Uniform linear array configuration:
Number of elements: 16
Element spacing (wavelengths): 0.25
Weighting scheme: blackman
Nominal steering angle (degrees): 45
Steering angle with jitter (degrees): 46.385
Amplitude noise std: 0.05
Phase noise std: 0.05

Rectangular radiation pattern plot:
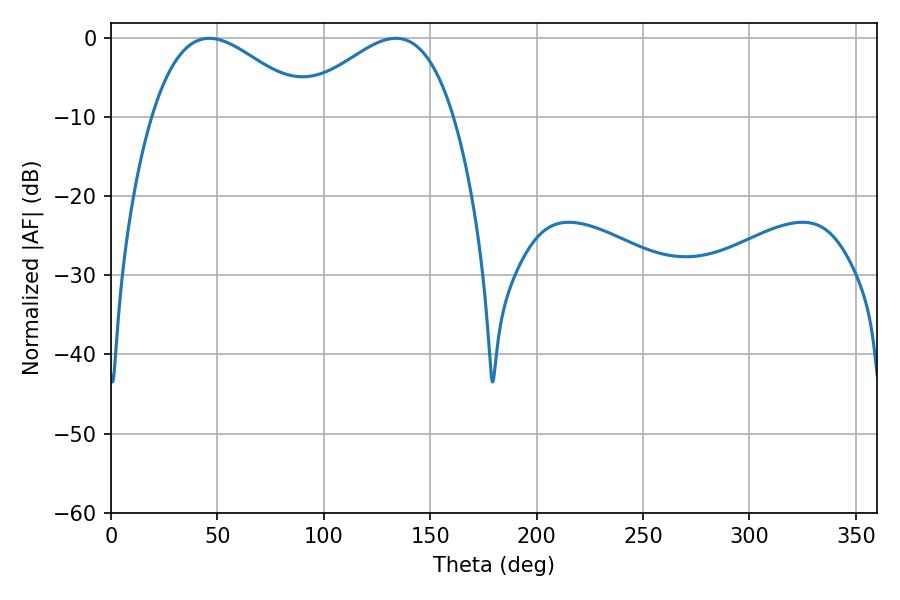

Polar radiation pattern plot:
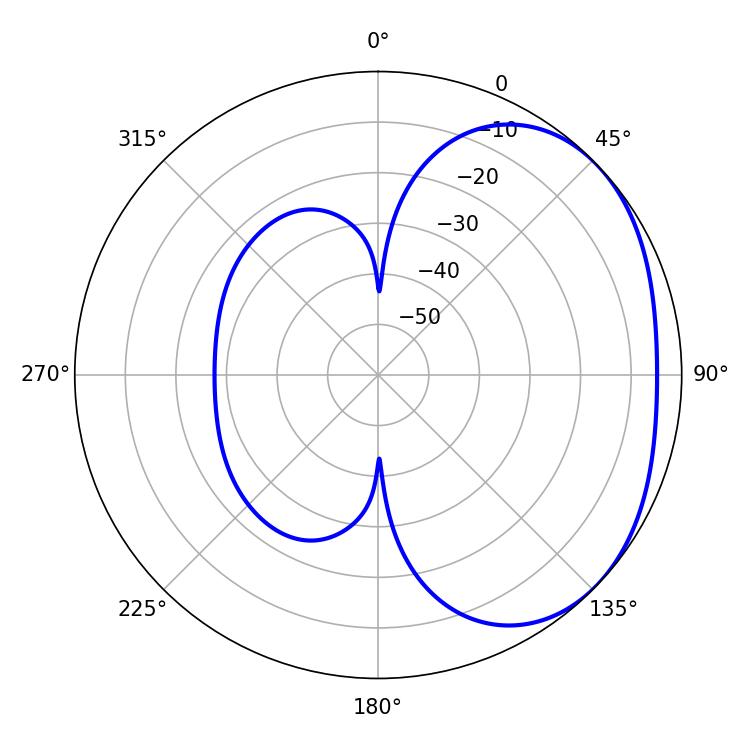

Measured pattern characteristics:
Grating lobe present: FALSE
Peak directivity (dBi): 2.45
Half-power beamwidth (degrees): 40.32
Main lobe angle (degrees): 46.08